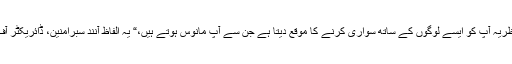
”سوشل رائیڈ شیئرنگ کا نظریہ آپ کو ایسے لوگوں کے ساتھ سواری کرنے کا موقع دیتا ہے جن سے آپ مانوس ہوتے ہیں،“ یہ الفاظ آنند سبرامنین، ڈائریکٹر آف مارکیٹنگ، اولا کے ہیں۔